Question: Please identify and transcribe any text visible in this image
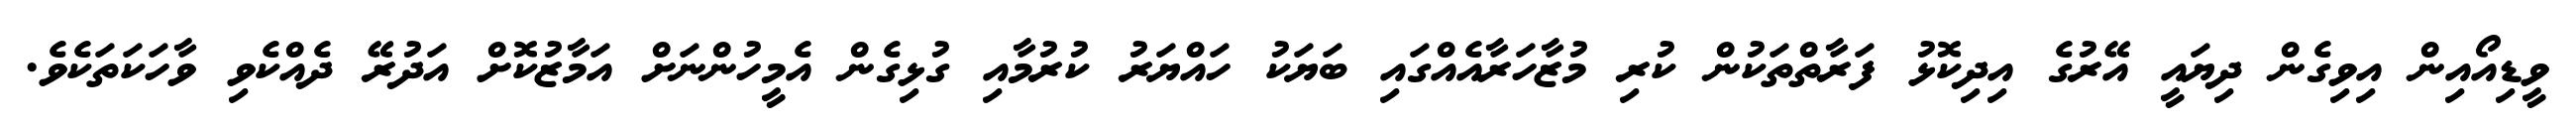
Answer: ވީޑިއޯއިން އިވިގެން ދިޔައީ އޭރުގެ އިދިކޮޅު ފަރާތްތަކުން ކުރި މުޒާހަރާއެއްގައި ބަޔަކު ހައްޔަރު ކުރުމާއި ގުޅިގެން އެމީހުންނަށް އަމާޒުކޮށް އަދުރޭ ދެއްކެވި ވާހަކަތަކެވެ.